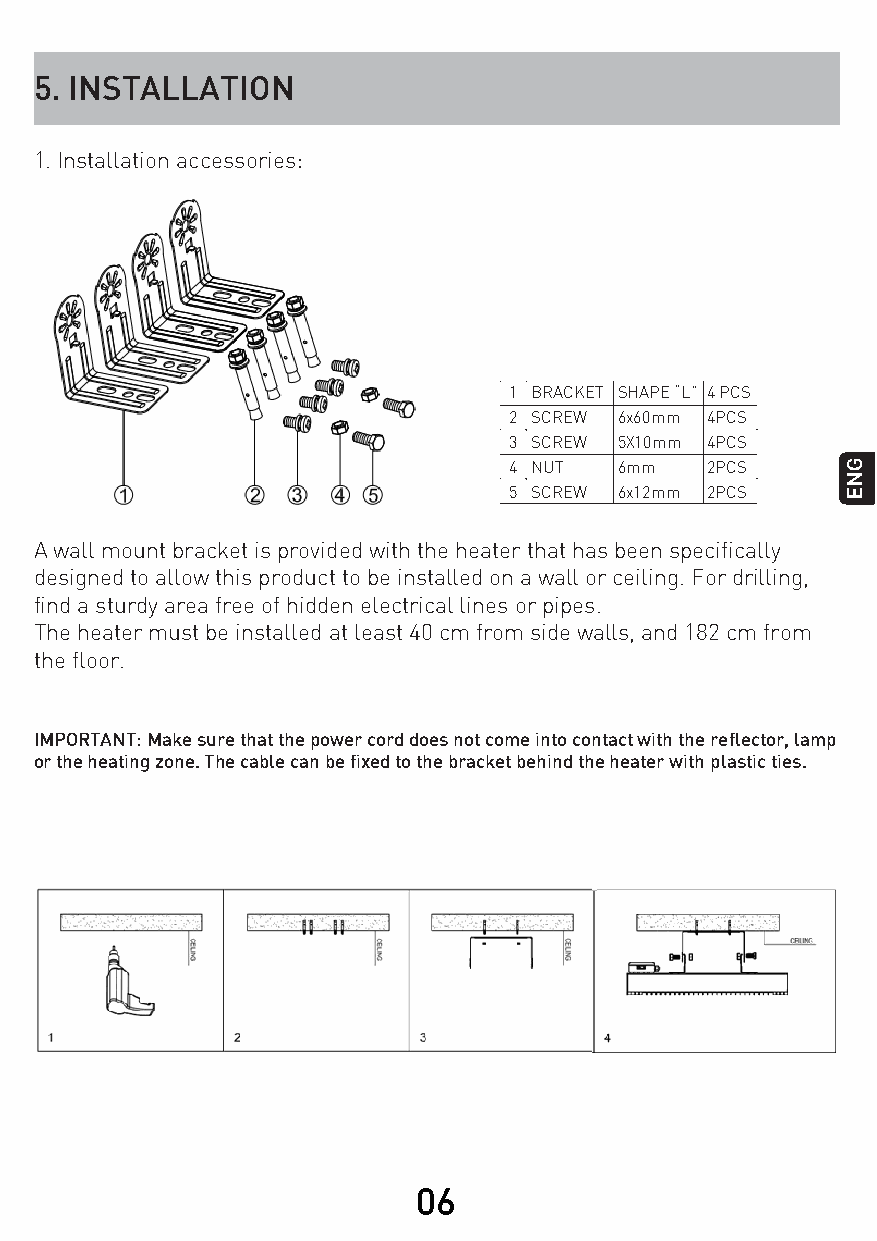
5. INSTALLATION
 1. Installation accessories:
 1 BRACKET SHAPE “L” 4 PCS
 2 SCREW 6x60mm 4PCS
 3 SCREW 5X10mm 4PCS
 4 NUT  6mm   2PCS
 5 SCREW 6x12mm 2PCS
 A wall mount bracket is provided with the heater that has been specifically
 designed to allow this product to be installed on a wall or ceiling. For drilling,
 find a sturdy area free of hidden electrical lines or pipes.
 The heater must be installed at least 40 cm from side walls, and 182 cm from
 the floor.
 IMPORTANT: Make sure that the power cord does not come into contact with the reflector, lamp
 or the heating zone. The cable can be fixed to the bracket behind the heater with plastic ties.
 06